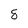
Character: 8